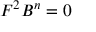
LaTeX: F ^ { 2 } B ^ { n } = 0